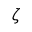
\zeta